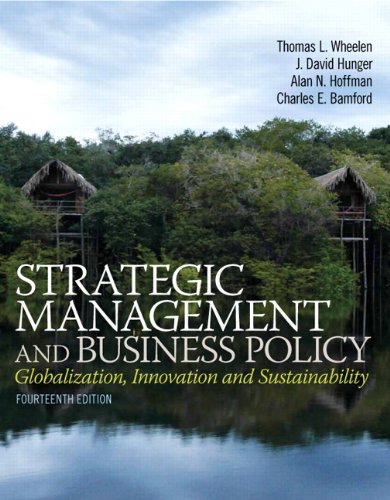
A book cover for Strategic Management and Business Policy: Globalization, Innovation and Sustainablility (14th Edition); Thomas L. Wheelen; Business & Money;